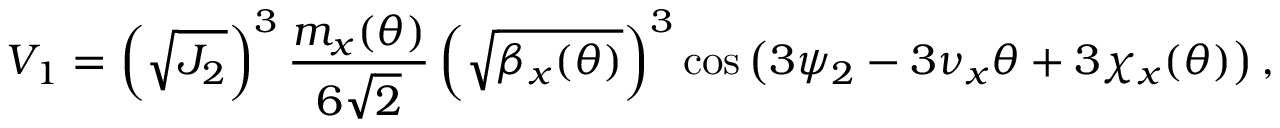
V _ { 1 } = \left( \sqrt { J _ { 2 } } \right) ^ { 3 } \frac { m _ { x } ( \theta ) } { 6 \sqrt 2 } \left( \sqrt { \beta _ { x } ( \theta ) } \right) ^ { 3 } \cos \left( 3 \psi _ { 2 } - 3 \nu _ { x } \theta + 3 \chi _ { x } ( \theta ) \right) ,